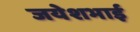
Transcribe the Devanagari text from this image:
जयेशभाई